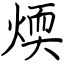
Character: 煗